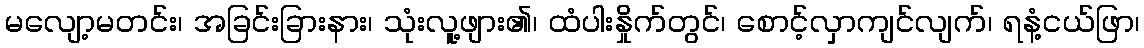
မလျော့မတင်း၊ အခြင်းခြားနား၊ သုံးလူ့ဖျား၏၊ ထံပါးနှိုက်တွင်၊ စောင့်လှာကျင်လျက်၊ ရနံ့ငယ်ဖြာ၊